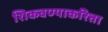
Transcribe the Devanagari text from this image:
शिकवण्याकरिता